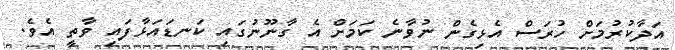
އަދާކުރުމަށް ހުރަސް އެޅިގެން ނުވާނެ ކަމަށް އެ ގާނޫނުގައި ކަނޑައަޅާފައި ވާތީ އެވެ.